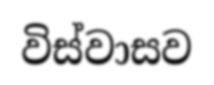
විස්වාසව